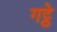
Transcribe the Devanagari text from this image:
गट्ठे